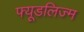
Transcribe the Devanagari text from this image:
फ्यूडलिज्म